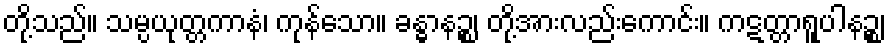
တို့သည်။ သမ္ပယုတ္တကာနံ၊ ကုန်သော။ ခန္ဓာနဉ္စ၊ တို့အားလည်းကောင်း။ ကဋတ္တာရူပါနဉ္စ၊